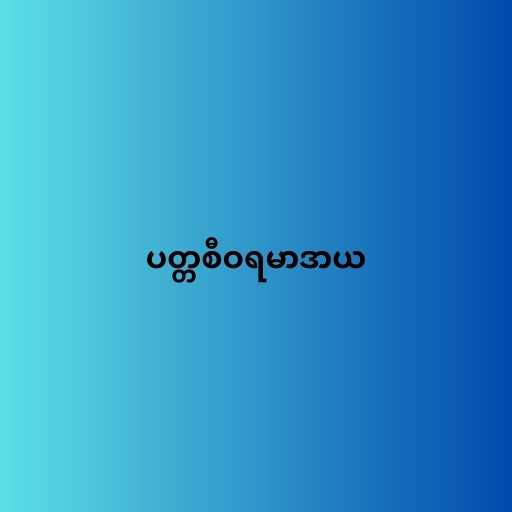
ပတ္တစီဝရမာဒာယ